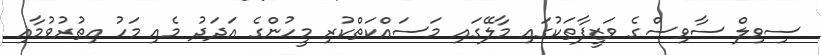
ސިވިލް ސާވިސްގެ ވަޒީފާތަކުގައި މާލޭގައި މަސައްކަތްކުރި މީހުންގެ އަދަދު މެއި މަހު އިތުރުވުމާއި